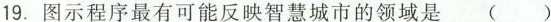
19.图示程序最有可能反映智慧城市的领域是 ( )